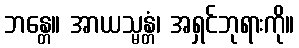
ဘန္တေ။ အာယသ္မန္တံ၊ အရှင်ဘုရားကို။